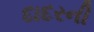
દાદરની